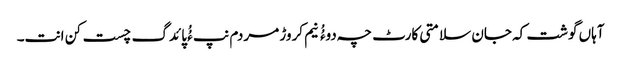
آہاں گوشت کہ جان سلامتی کارٹ چہ دوءُُ نیم کروڑ مردم نپ ءُُ پائدگ چست کن انت۔